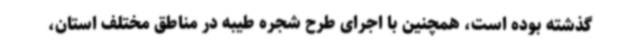
گذشته بوده است، همچنین با اجرای طرح شجره طیبه در مناطق مختلف استان،